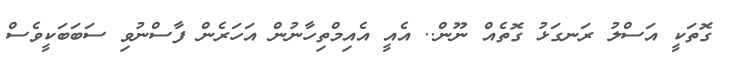
ގޮތަކީ އަސްލު ރަނގަޅު ގޮތެއް ނޫން.. އެެެެއީ އެއިމްތިހާނުންް އަަަަަަަހަރެން ފާސްނުވި ސަަަަބަބަަަކީވެސް